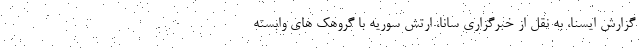
گزارش ایسنا، به نقل از خبرگزاری سانا، ارتش سوریه با گروهک های وابسته